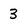
Character: 3